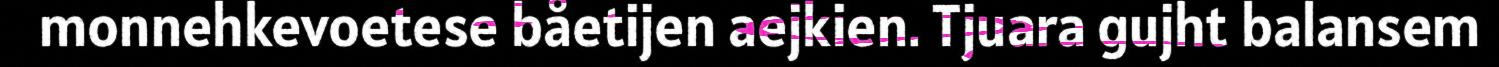
monnehkevoetese båetijen aejkien. Tjuara gujht balansem